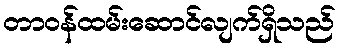
တာဝန်ထမ်းဆောင်လျက်ရှိသည်